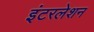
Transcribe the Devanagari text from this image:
इंटरलेशन